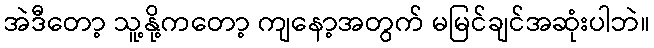
အဲဒီတော့ သူ့နို့ကတော့ ကျနော့အတွက် မမြင်ချင်အဆုံးပါဘဲ။